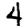
Digit: 4